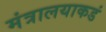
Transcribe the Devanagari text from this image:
मंत्रालयाकडं